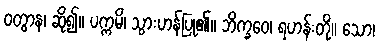
ဝတွာန၊ ဆို၍။ ပက္ကမိ၊ သွားဟန်ပြု၏။ ဘိက္ခဝေ၊ ရဟန်းတို့။ သော၊